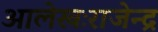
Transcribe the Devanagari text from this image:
आलेखःराजेन्द्र